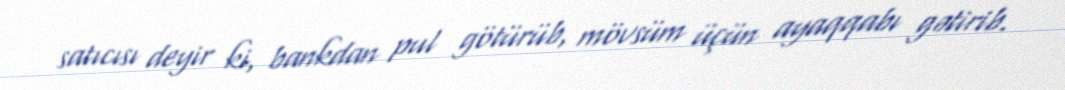
satıcısı deyir ki, bankdan pul götürüb, mövsüm üçün ayaqqabı gətirib.